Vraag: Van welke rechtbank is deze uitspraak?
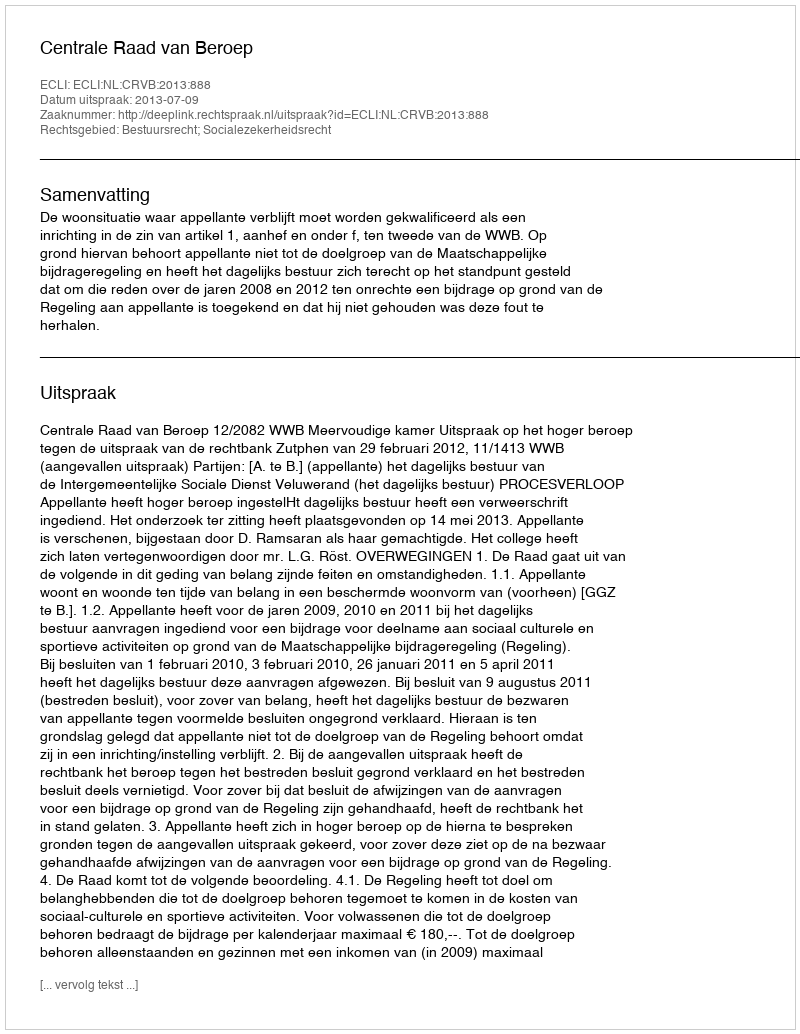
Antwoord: Centrale Raad van Beroep